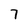
Character: 7